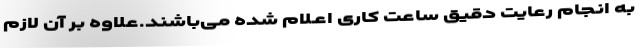
به انجام رعایت دقیق ساعت کاری اعـلام شده می‌باشند.علاوه بر آن لازم